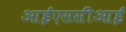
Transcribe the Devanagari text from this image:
आईएससीआई